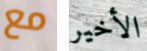
مع الأخير